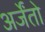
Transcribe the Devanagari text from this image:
अर्जेंतो